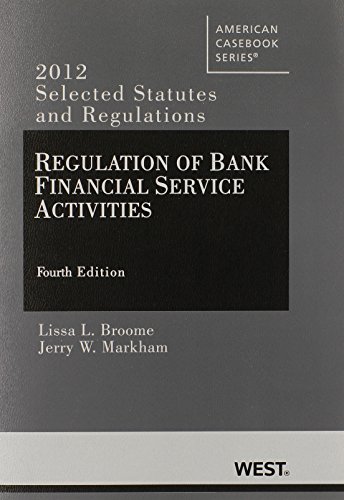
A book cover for Regulation of Bank Financial Service Activities 4th: Selected Statutes and Regulations (2012) (American Casebook Series); Lissa Broome; Law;